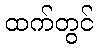
ထက်တွင်